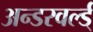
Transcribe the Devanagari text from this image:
अन्डरवर्ल्ड्